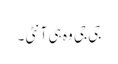
جی جی وہ ہی آنٹی۔